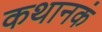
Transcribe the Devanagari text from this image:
कथानकं